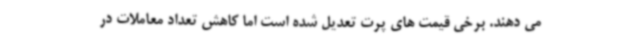
می دهند. برخی قیمت های پرت تعدیل شده است اما کاهش تعداد معاملات در